Papers set at the Examination for Leaving Certificates, 1891
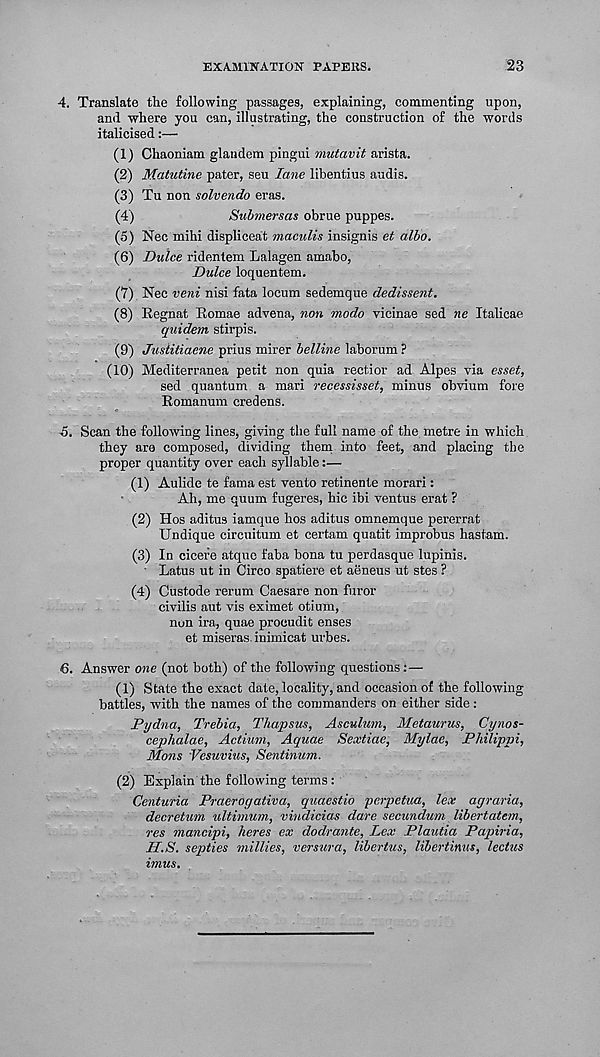
EXAMINATION PAPEKS.
23
4. Translate the following passages, explaining, commenting upon,
and -where you can, illustrating, the construction of the words
italicised:—
(1) Chaoniam glandem pingui mutavit arista.
(2) Matutine pater, seu lane libentius audis.
(3) Tu non solvendo eras.
(4)
Submersas obrue puppes.
(5) Nec mihi displiceat nmculis insignis et albo.
(6) Dulce ridentem Lalagen amabo,
Dulce loquentem.
(7) Nec veni nisi fata locum sedemque dedissent.
(8) Eegnat Romae advena, non modo vicinae sed ne Italicae
quidem stirpis.
(9) Jusiitiaene prius mirer belline laborum ?
(10)
Mediterranea petit non quia
sed quantum a mari recessisset, minus obvium fore
Romanum credens.
-5. Scan the following lines, giving the full name of the metre in which
they are composed, dividing them into feet, and placing the
proper quantity over each syllable:—
(1) Aulide te fama est vento retinente morari:
Ah, me quum fugeres, hie ibi ventus erat ?
(2) Hos aditus iamque hos aditus omnemque pererrat
Undique circuitum et certam quatit improbus hastam.
(3) In cicefe atquc faba bona tu perdasque lupinis.
' Latus ut in Circo spatiere et aeneus ut stes ?
(4) Custode rerum Caesare non furor
civilis aut vis eximet otium,
non ira, quae prooudit enses
et miseras. inimicat urbes.
6. Answer one (not both) of the following questions :—
(1) State the exact date, locality, and occasion of the following
battles, with the names of the commanders on either side:
Pydna, Trebia, Thapsus, Asculum, Metaurus, Cynos-
cephalae, Actium, Aquae Sextiae, Mylae, Philippi,
Mans Vesuvius, Sentinum.
(2) Explain the following terms :
Centuria Praerogativa, quaestio perpetua, lex agraria,
decretum ultimum, viudicias dare secundum libertatem,
res mancipi, heres ex dodrante, Lex Plautia Papiria,
H.S. septies millies, versura, libertus, libertinus, lectus
imus.